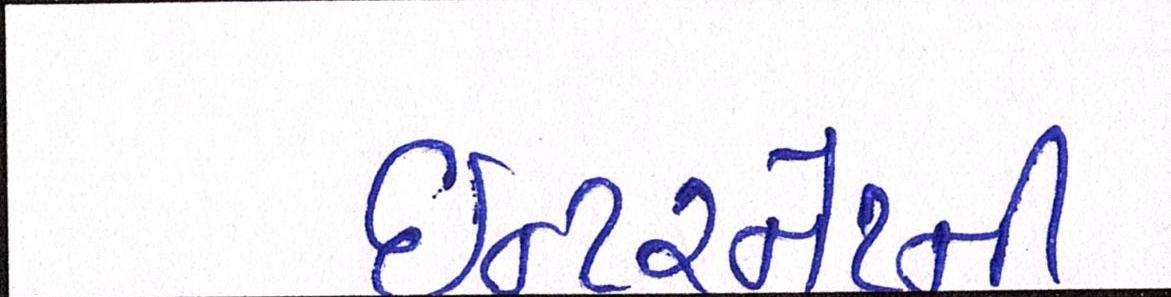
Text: ઈન્ટરનેટની